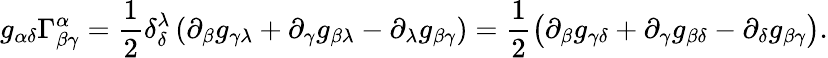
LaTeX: g_{\alpha\delta}\Gamma_{\beta\gamma}^{\alpha}=\frac{1}{2}\delta_{\delta}^{\lambda}\left(\partial_{\beta}g_{\gamma\lambda}+\partial_{\gamma}g_{\beta\lambda}-\partial_{\lambda}g_{\beta\gamma}\right)=\frac{1}{2}\left(\partial_{\beta}g_{\gamma\delta}+\partial_{\gamma}g_{\beta\delta}-\partial_{\delta}g_{\beta\gamma}\right).